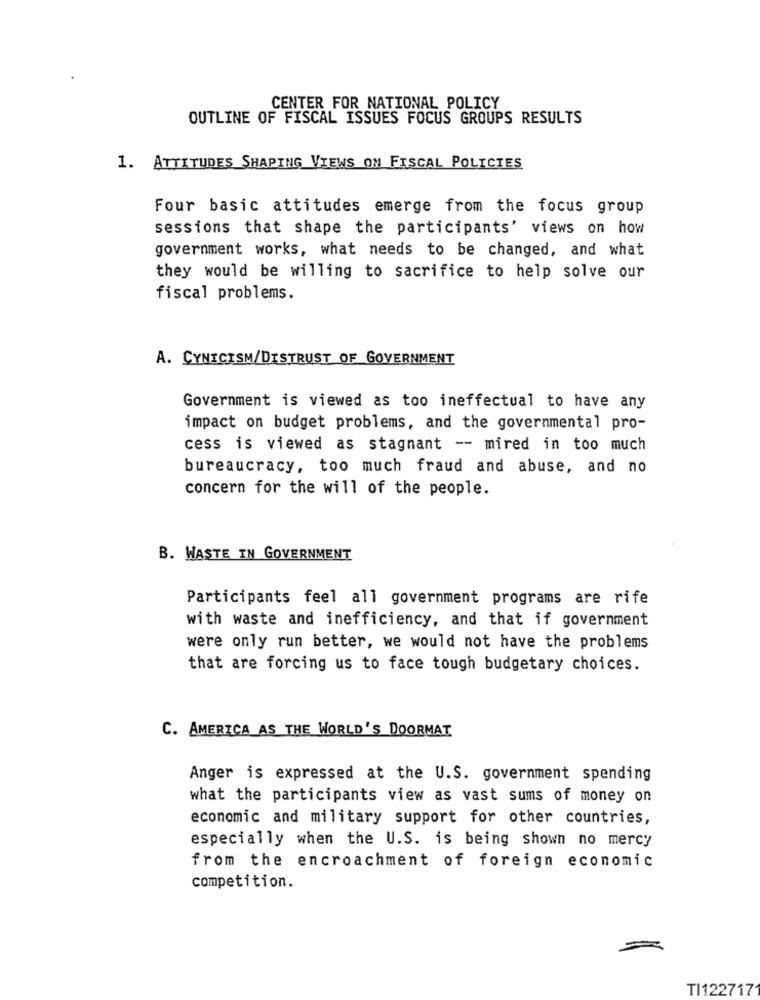
CENTER FOR NATIONAL POLICY
OUTLINE OF FISCAL ISSUES FOCUS GROUPS RESULTS
1. ATTITUDES SHAPING VIEWS ON FISCAL POLICIES
Four basic attitudes emerge from the focus group
sessions that shape the participants' views on how
government works, what needs to be changed, and what
they would be willing to sacrifice to help solve our
fiscal problems.
A. CYNICISM/DISTRUST OF GOVERNMENT
Government is viewed as too ineffectual to have any
impact on budget problems, and the governmental pro-
cess is viewed as stagnant -- mired in too much
bureaucracy, too much fraud and abuse, and no
concern for the will of the people.
B. WASTE IN GOVERNMENT
Participants feel all government programs are rife
with waste and inefficiency, and that if government
were only run better, we would not have the problems
that are forcing us to face tough budgetary choices.
C. AMERICA AS THE WORLD'S DOORMAT
Anger is expressed at the U.S. government spending
what the participants view as vast sums of money on
economic and military support for other countries,
especially when the U.S. is being shown no mercy
from the encroachment of foreign economic
competition.
TI122717